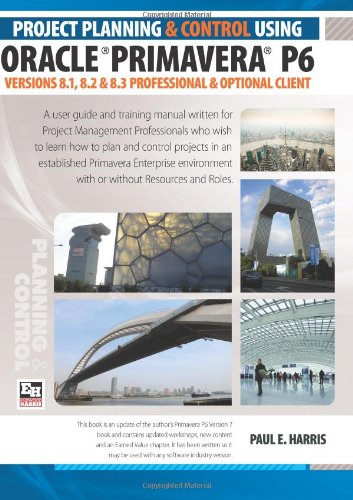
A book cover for Project Planning and Control Using Oracle Primavera P6 Versions 8.1, 8.2 & 8.3; Mr Paul E Harris; Computers & Technology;